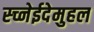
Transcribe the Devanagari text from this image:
स्च्नेईदेमुहल